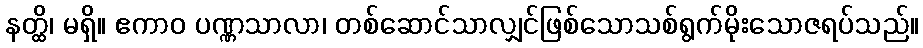
နတ္ထိ၊ မရှိ။ ဧကာဝ ပဏ္ဏသာလာ၊ တစ်ဆောင်သာလျှင်ဖြစ်သောသစ်ရွက်မိုးသောဇရပ်သည်။